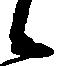
候